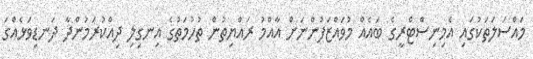
މައްސަލަތަކުގައި އެމިނިސްޓްރީގެ ބައެއް މުވައްޒަފުންނަށް އާއްމު ރައްޔިތުން ތުހުމަތުގެ އިނގިލި ދިއްކުރަމުންދާ ދަނޑިވަޅެއްގަ